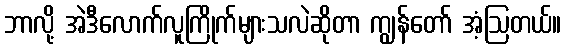
ဘာလို့ အဲဒီလောက်လူကြိုက်များသလဲဆိုတာ ကျွန်တော် အံ့ဩတယ်။